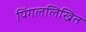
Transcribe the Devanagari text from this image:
पिंगललिखित